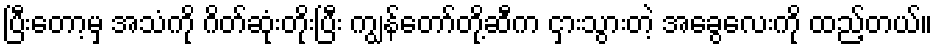
ပြီးတော့မှ အသံကို ဂိတ်ဆုံးတိုးပြီး ကျွန်တော်တို့ဆီက ငှားသွားတဲ့ အခွေလေးကို ထည့်တယ်။